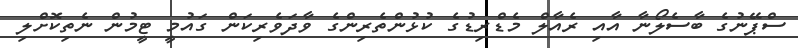
ސްޕޭނުގެ ބާސެލޯނާ އާއި ރެއާލް މެޑްރިޑުގެ ކުޅުންތެރިންގެ ވާދަވެރިކަން ގައުމީ ޓީމުން ނެތިކޮށްލި